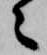
々